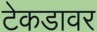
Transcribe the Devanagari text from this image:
टेकडावर